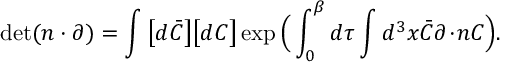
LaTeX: \operatorname * { d e t } ( n \cdot \partial ) = \int \big [ d \bar { C } \big ] \big [ d C \big ] \exp \Big ( \int _ { 0 } ^ { \beta } d \tau \int d ^ { 3 } x \bar { C } \partial \! \cdot \! n C \Big ) .